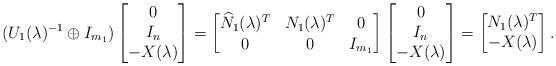
LaTeX: \begin{align*}(U_1(\lambda)^{-1}\oplus I_{m_1})\begin{bmatrix}0 \\ I_n \\ -X(\lambda)\end{bmatrix}=\begin{bmatrix}\widehat{N}_1(\lambda)^T & N_1(\lambda)^T & 0 \\0 & 0 & I_{m_1} \end{bmatrix}\begin{bmatrix}0 \\ I_n \\ -X(\lambda)\end{bmatrix}=\begin{bmatrix}N_1(\lambda)^T \\ -X(\lambda)\end{bmatrix}.\end{align*}